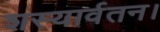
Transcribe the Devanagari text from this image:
शस्यार्वतन।